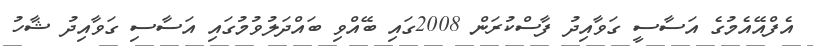
އެފްއޭއެމުގެ އަސާސީ ގަވާއިދު ފާސްކުރަން 2008ގައި ބޭއްވި ބައްދަލުވުމުގައި އަސާސި ގަވާއިދު ޝާހު